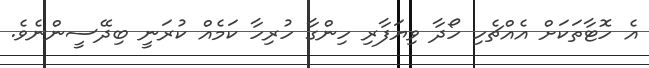
އެ ހޮޓާތަކަށް އެއްޗެހި ހޯދާ ވިޔަފާރި ހިންގާ ހުރިހާ ކަމެއް ކުރަނީ ބިދޭސީންނެވެ.